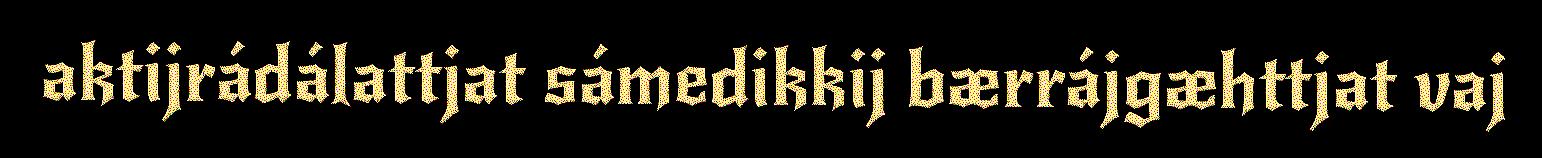
aktijrádálattjat sámedikkij bærrájgæhttjat vaj